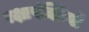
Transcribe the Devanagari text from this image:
रक्षापंक्तियों